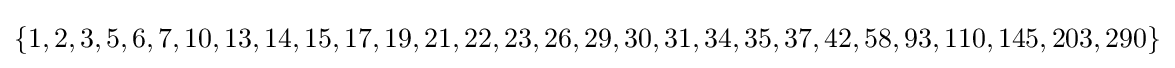
\{1,2,3,5,6,7,10,13,14,15,17,19,21,22,23,26,29,30,31,34,35,37,42,58,93,110,145,203,290\}